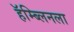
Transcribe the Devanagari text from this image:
हॅम्ब्लिनला